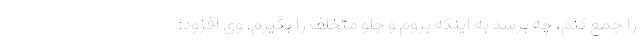
را جمع کنم، چه برسد به اینکه بروم و جلو متخلف را بگیرم. وی افزود: